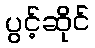
ပွင့်ဆိုင်